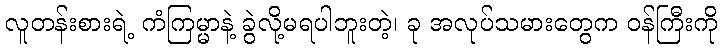
လူတန်းစားရဲ့ ကံကြမ္မာနဲ့ ခွဲလို့မရပါဘူးတဲ့၊ ခု အလုပ်သမားတွေက ဝန်ကြီးကို